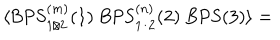
\langle \mathrm { B P S } _ { 1 / 2 } ^ { ( m ) } ( 1 ) \; \mathrm { B P S } _ { 1 / 2 } ^ { ( n ) } ( 2 ) \; \mathrm { B P S } ( 3 ) \rangle =